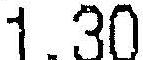
1.30